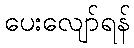
ပေးလျော်ရန်